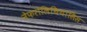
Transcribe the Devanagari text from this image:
नेफरोलिथियासिस